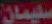
سليمان